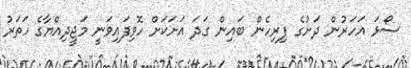
ސޯޅަ އަހަރުން ދަށުގެ ފިރިހެން ބައިން ގަދަ އަށަކަށް ހޮވިފައިވަނީ މަޖީދިއްޔާގެ ހަތަރު